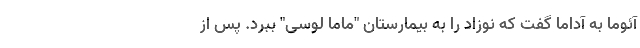
آئوما به آداما گفت که نوزاد را به بیمارستان "ماما لوسی" ببرد. پس از